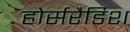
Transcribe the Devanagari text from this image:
होर्सरैडिश